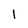
Character: l